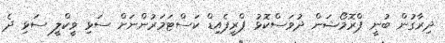
ދިރާގުން ބުނީ ޕްރޮމޯޝަން ދުވަސްކޮޅު ޕްރީޕެއިޑް ކަސްޓަމަރުންނަށް ސަޅި ވީކްލީ ސަޅި ދެ